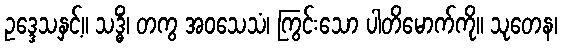
ဥဒ္ဒေသနှင့်။ သဒ္ဓိံ၊ တကွ အဝသေသံ၊ ကြွင်းသော ပါတိမောက်ကို။ သုတေန၊